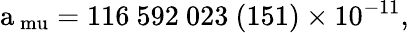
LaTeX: \mathrm{a_{\ mu}=116~592~023~(151)\times 10^{-11}},